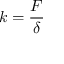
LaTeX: k = { \frac { F } { \delta } }